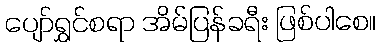
ပျော်ရွှင်စရာ အိမ်ပြန်ခရီး ဖြစ်ပါစေ။